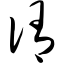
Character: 侑